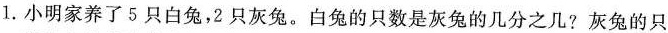
1.小明家养了5只白兔，2只灰兔。白兔的只数是灰兔的几分之几?灰兔的只